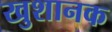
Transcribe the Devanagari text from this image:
खुशानक